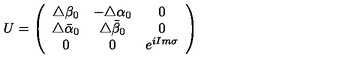
U = \left( \begin{array} { c c c } { \triangle \beta _ { 0 } } & { - \triangle \alpha _ { 0 } } & { 0 } \\ { \triangle \bar { \alpha } _ { 0 } } & { \triangle \bar { \beta } _ { 0 } } & { 0 } \\ { 0 } & { 0 } & { e ^ { i I m \sigma } } \\ \end{array} \right)